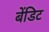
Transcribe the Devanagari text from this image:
बेंडिट